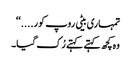
تمہاری بیٹی روپ کور....‘‘
وہ کچھ کہتے کہتے رُک گیا۔